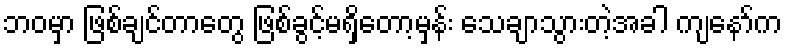
ဘဝမှာ ဖြစ်ချင်တာတွေ ဖြစ်ခွင့်မရှိတော့မှန်း သေချာသွားတဲ့အခါ ကျနော်က